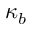
\kappa _ { b }